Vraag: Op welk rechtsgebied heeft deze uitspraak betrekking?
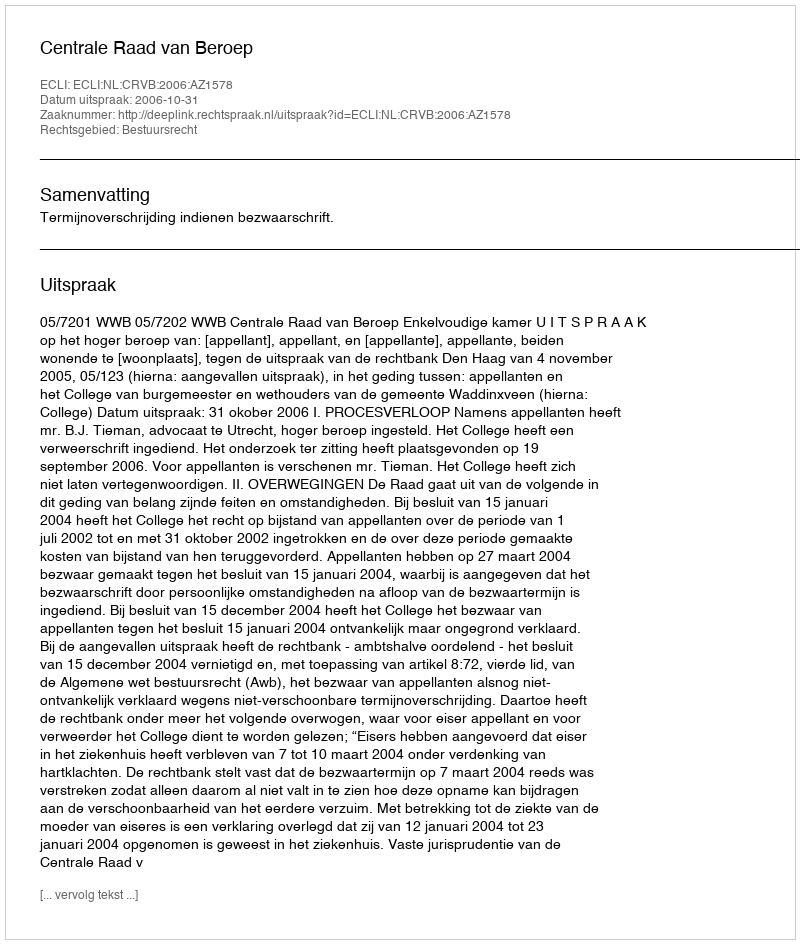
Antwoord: Bestuursrecht